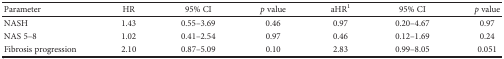
<table><thead><tr><td><b>Parameter</b></td><td><b>HR</b></td><td><b>95% CI</b></td><td><b><i>p</i> value</b></td><td><b>aHR<sup>1</sup></b></td><td><b>95% CI</b></td><td><b><i>p</i> value</b></td></tr></thead><tbody><tr><td>NASH</td><td>1.43</td><td>0.55–3.69</td><td>0.46</td><td>0.97</td><td>0.20–4.67</td><td>0.97</td></tr><tr><td>NAS 5–8</td><td>1.02</td><td>0.41–2.54</td><td>0.97</td><td>0.46</td><td>0.12–1.69</td><td>0.24</td></tr><tr><td>Fibrosis progression</td><td>2.10</td><td>0.87–5.09</td><td>0.10</td><td>2.83</td><td>0.99–8.05</td><td>0.051</td></tr></tbody></table>